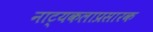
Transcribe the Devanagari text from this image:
नाट्यकलाप्रसारक